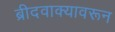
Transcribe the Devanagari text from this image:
ब्रीदवाक्यावरून